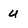
Character: u